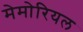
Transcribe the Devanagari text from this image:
मेमोरियल